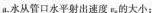
a.水从管口水平射出速度ra的大小；